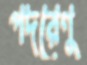
পদরেণু